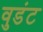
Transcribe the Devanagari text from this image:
वुडंट